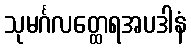
သုမင်္ဂလတ္ထေရအပဒါနံ